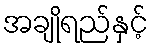
အချိုရည်နှင့်